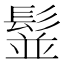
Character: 䰃